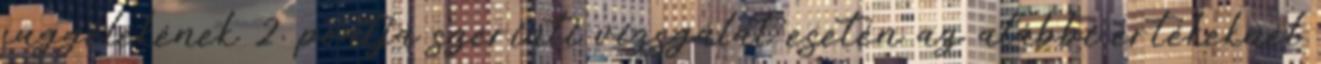
függelékének 2. pontja szerinti vizsgálat esetén az alábbi értékeknél